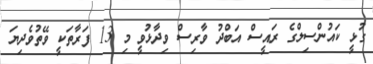
ގުޅީ ކައުންސިލްގެ ރައީސް އަބްދު ވާރިސް ވިދާޅުވީ މި 13 ފަރާތަކީ ވޭތުވެދިޔަ